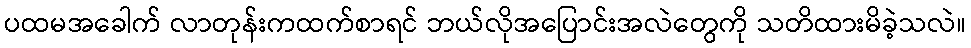
ပထမအခေါက် လာတုန်းကထက်စာရင် ဘယ်လိုအပြောင်းအလဲတွေကို သတိထားမိခဲ့သလဲ။